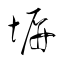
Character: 塀